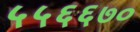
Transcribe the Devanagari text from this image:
५५६६७०